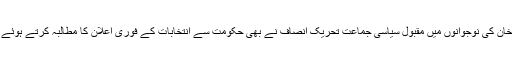
اسی اثناء میں سابق کرکٹر عمران خان کی نوجوانوں میں مقبول سیاسی جماعت تحریک انصاف نے بھی حکومت سے انتخابات کے فوری اعلان کا مطالبہ کرتے ہوئے سات نکاتی ایجنڈا پیش کر دیا ہے۔